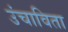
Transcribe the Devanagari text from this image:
उंचाविता